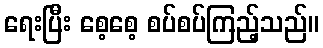
ရေးပြီး စေ့စေ့ စပ်စပ်ကြည့်သည်။